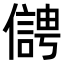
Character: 𠏬